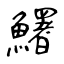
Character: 鱰